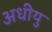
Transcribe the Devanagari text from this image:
अधीयु